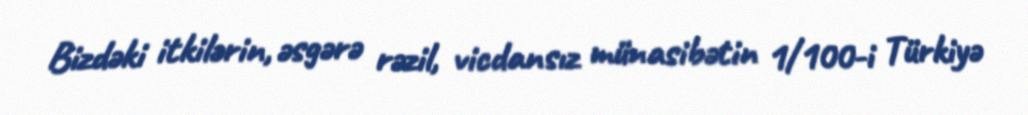
Bizdəki itkilərin, əsgərə rəzil, vicdansız münasibətin 1/100-i Türkiyə